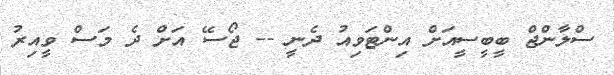
ސްލާންޖް ބީބީސީއަށް އިންޓަވިއު ދެނީ -- ޖޯސޭ އަށް ދެ މަސް ވީއިރު